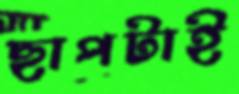
ছাপটাই